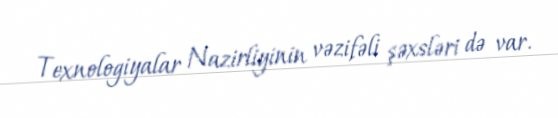
Texnologiyalar Nazirliyinin vəzifəli şəxsləri də var.